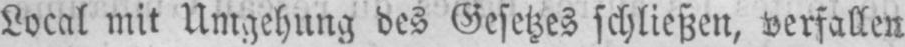
Local mit Umgehung des Gesetzes schließen, verfallen